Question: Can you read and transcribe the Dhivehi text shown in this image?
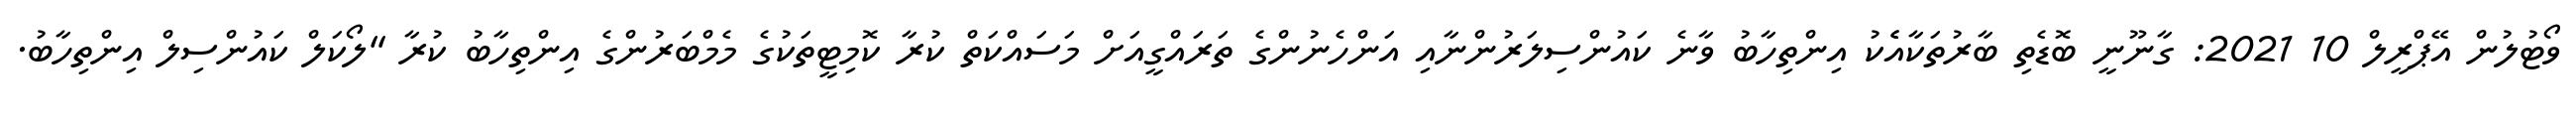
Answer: ވޯޓުލުން އޭޕްރީލް 10 2021: ގާނޫނީ ބޮޑެތި ބާރުތަކާއެެކު އިންތިހާބު ވާނެ ކައުންސިލަރުންނާއި އަންހެނުންގެ ތަރައްގީއަށް މަސައްކަތް ކުރާ ކޮމިޓީތަކުގެ މެމްބަރުންގެ އިންތިހާބު ކުރާ "ލޯކަލް ކައުންސިލް އިންތިހާބު.